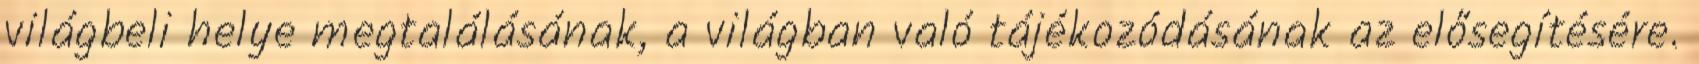
világbeli helye megtalálásának, a világban való tájékozódásának az elősegítésére.